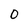
Character: 0